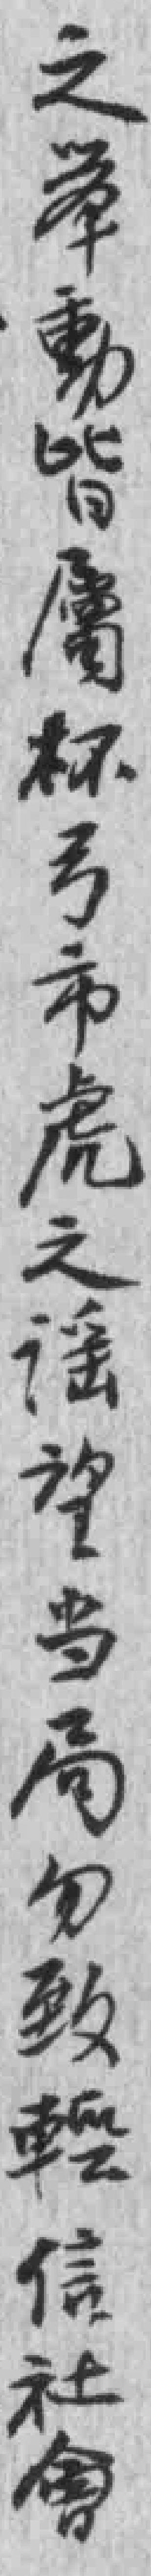
之举動皆屬杯弓市虎之谣望当局勿致輕信社會